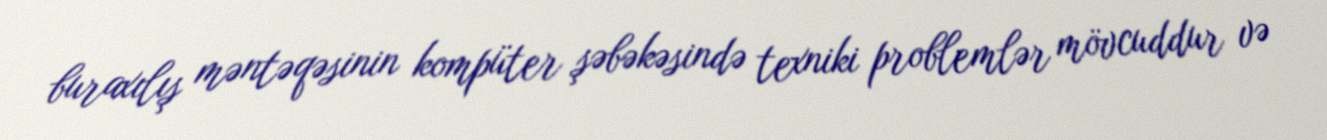
buraxılış məntəqəsinin kompüter şəbəkəsində texniki problemlər mövcuddur və